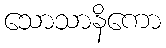
သောသာနိကော